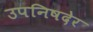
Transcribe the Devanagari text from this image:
उपनिषदेर